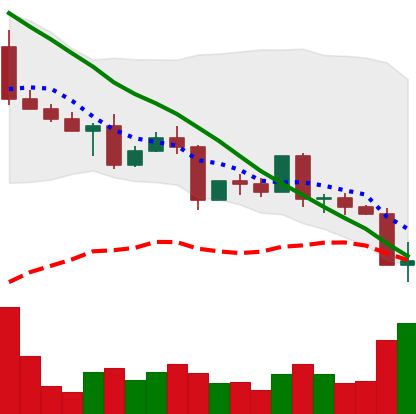
Ticker: EOS-USD
Chart end date: 2022-05-10
Forward return: -18.253%
Label: down_7plus